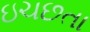
ઇચછતા